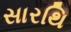
સારથિ